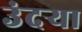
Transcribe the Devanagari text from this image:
उंदर्‍या